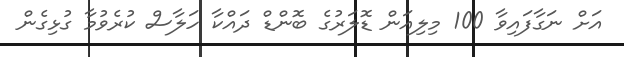
އަށް ނަގާފައިވާ 100 މިލިއަން ޑޮލަރުގެ ބޮންޑް ދައްކާ ހަލާސް ކުރެވުމާ ގުޅިގެން